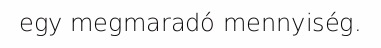
egy megmaradó mennyiség.